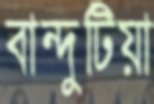
বান্দুটিয়া